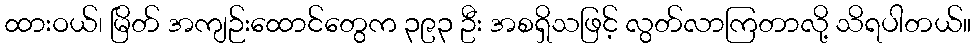
ထားဝယ်၊ မြိတ် အကျဉ်းထောင်တွေက ၃၉၃ ဦး အစရှိသဖြင့် လွတ်လာကြတာလို့ သိရပါတယ်။